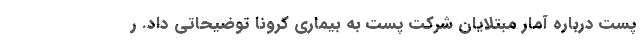
پست درباره آمار مبتلایان شرکت پست به بیماری کرونا توضیحاتی داد. ر